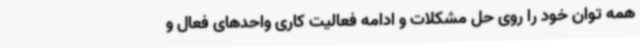
همه توان خود را روی حل مشکلات و ادامه فعالیت کاری واحدهای فعال و